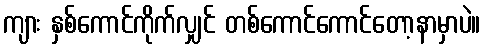
ကျား နှစ်ကောင်ကိုက်လျှင် တစ်ကောင်ကောင်တော့နာမှာပဲ။